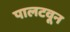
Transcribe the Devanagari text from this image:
पालटवून